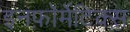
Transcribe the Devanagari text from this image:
इनफ़ॉर्मेटिक्स